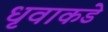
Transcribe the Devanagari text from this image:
धृवाकडे